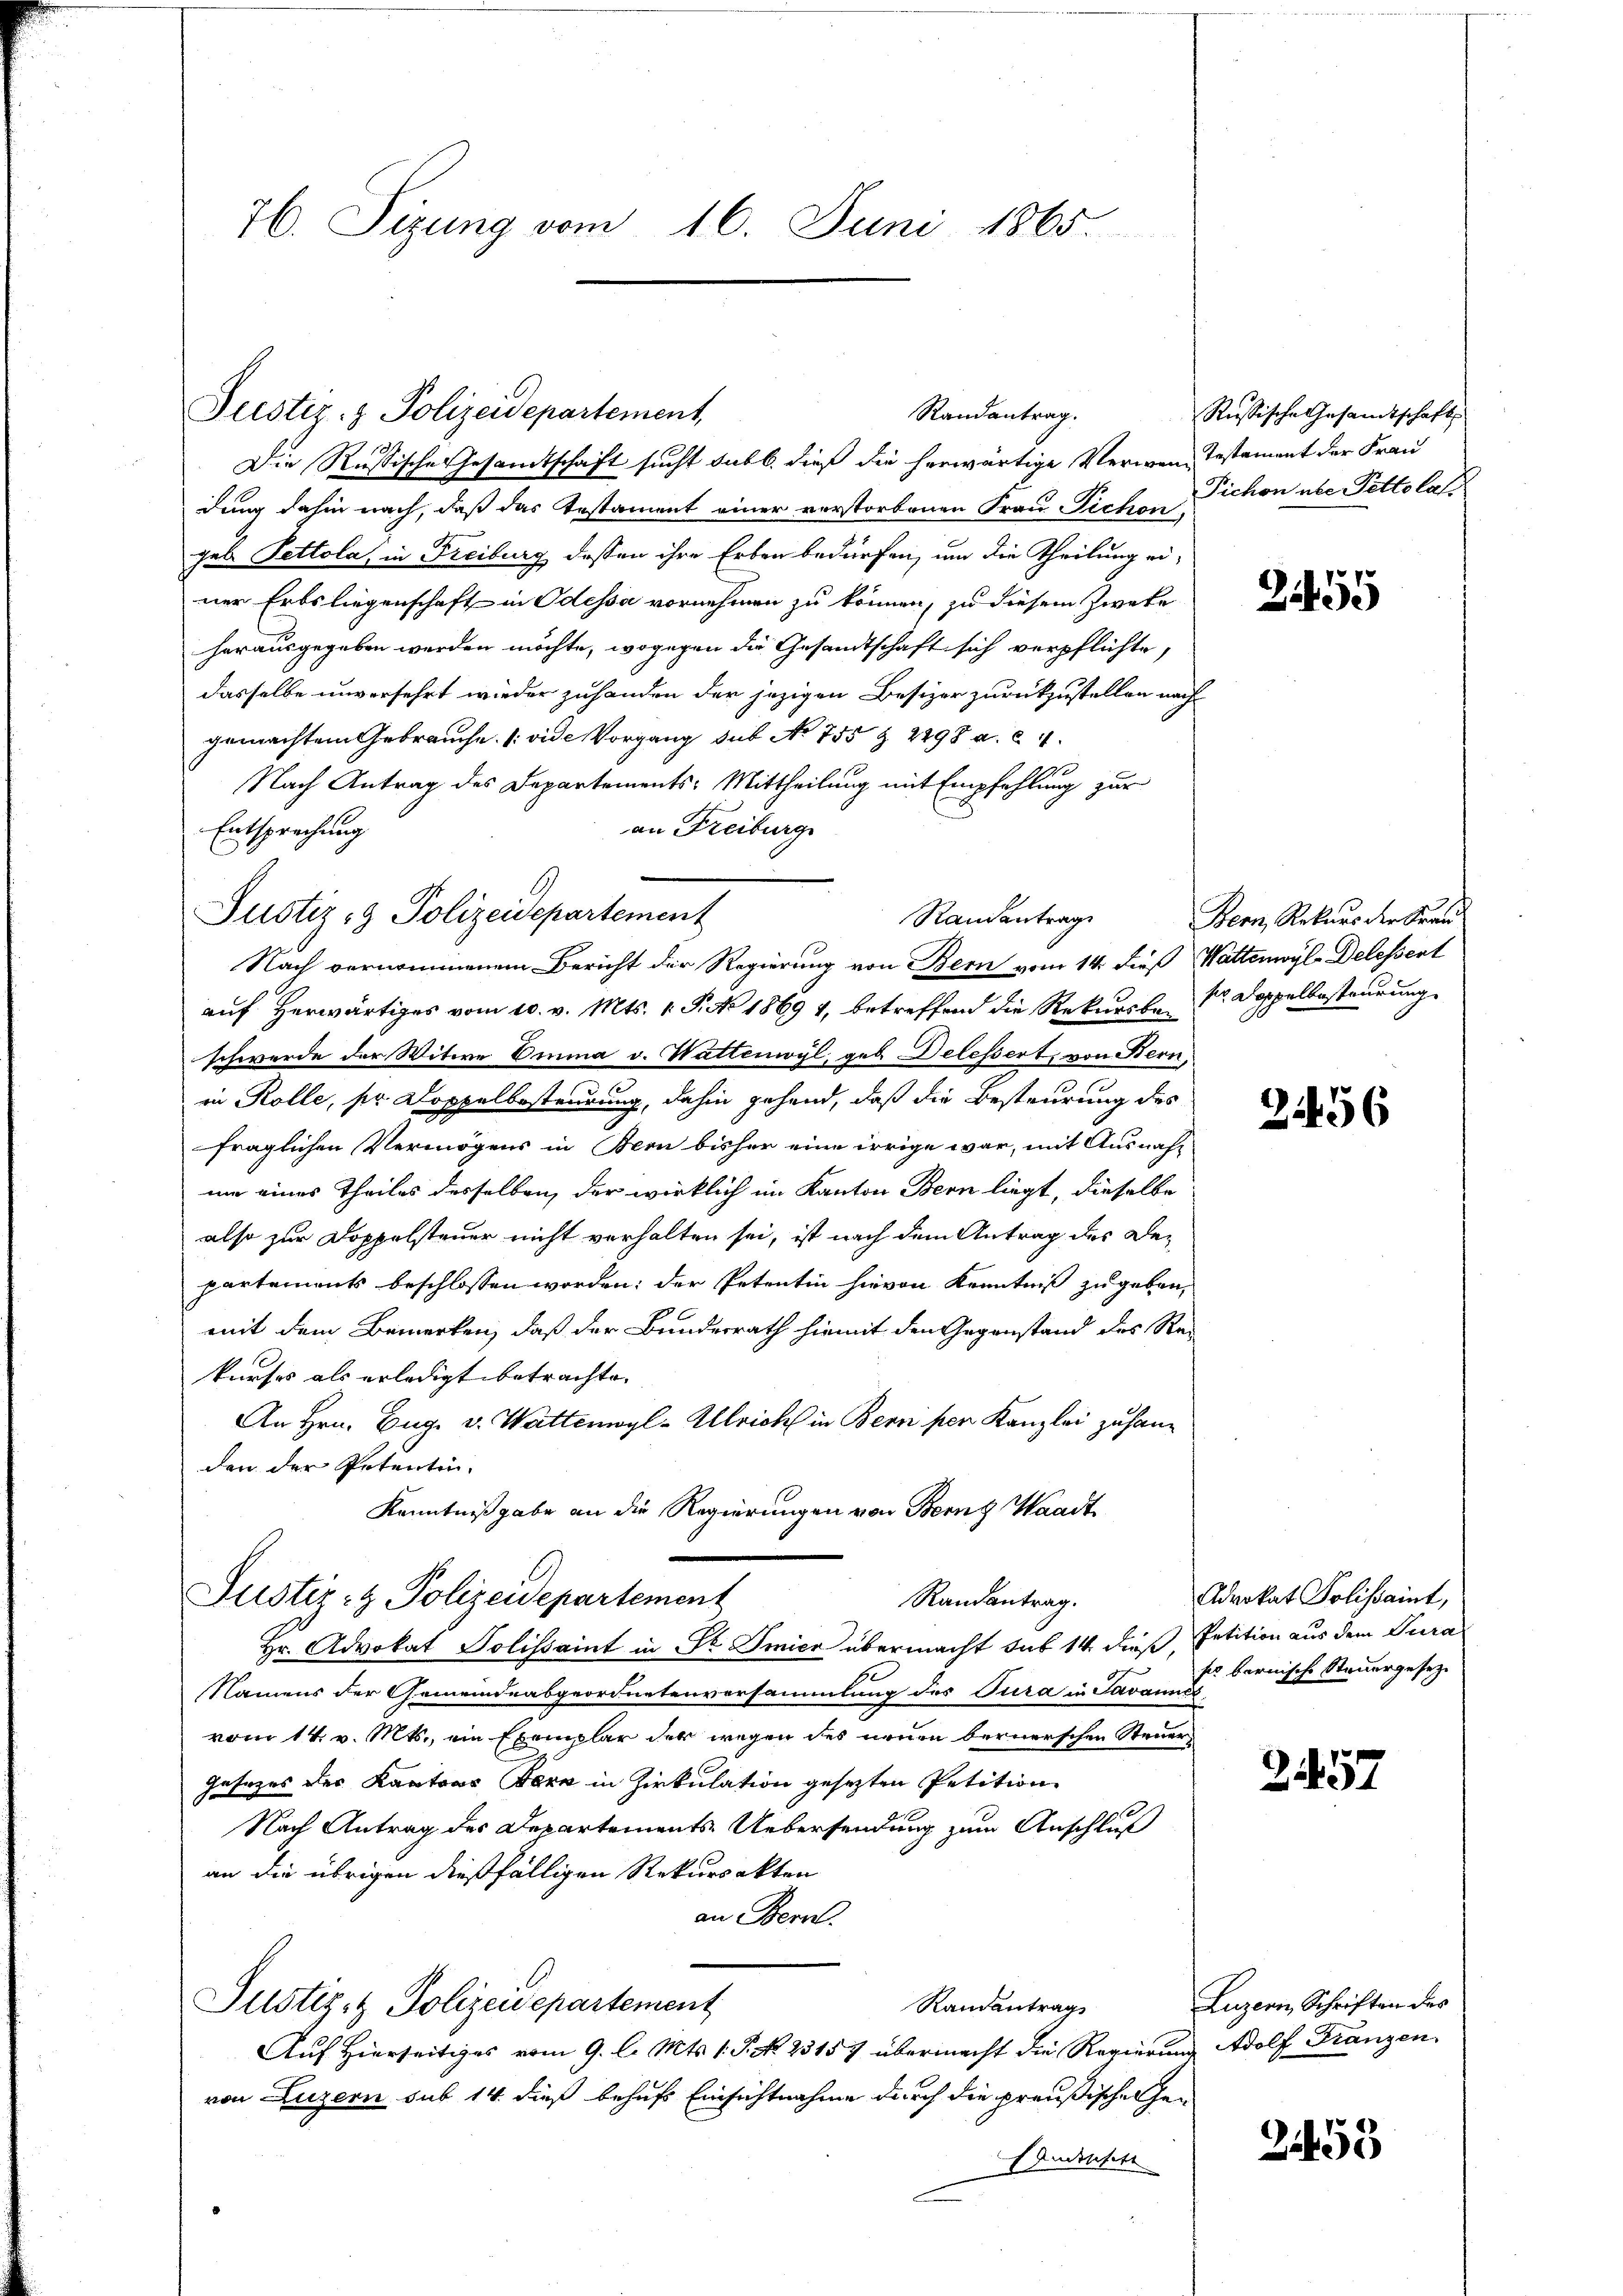
76. Sizung vom 16. Juni 1865.

Justiz- & Polizeidepartement

Randantrag.

Justiz- & Polizeidepartement,
Die Russische Gesandtschaft sucht sub b. dieß die herwärtige Verwen-Testament der Frau
dung dahin nach, daß das Testament einer verstorbenen Frau Pichen Pichon abe Pettolas
geb. Pettola, in Freiburg dessen ihre Erben bedürfen, um die Theilung einer Erbs liegenschaft in Odessa vornehmen zu können, zu diesem Zweke
herausgegeben werden möchte, wogegen die Gesandtschaft sich verpflichte,
dasselbe unversehrt wieder zuhanden der jezigen Besizer zurückzustellen nach
gemachtem Gebrauche. (vide Vorgang sub No 755 § 2498 a. 24.
Nach Antrag des Departements: Mittheilung mit Empfehlung zur
an Freiburg
Entsprechung
Nach vernommenem Bericht der Regierung von Bern vom 14. dieß (Wattenwyl, Delessent
auf herwärtiges vom 10. v. Mts. 1. P. No 18694, betreffend die Rekursber Doppelbesteurung
schwerde der Witwe Emma v. Wattenwyl, geb. Delessert, von Bern,
in Kolle, ser Doppelbesteurung, dahin gehend, daß die Besteurung des
fraglichen Vermögens in Bern bisher eine irrige war, mit Ausnahum eines Theiles desselben, der wirklich im Kanton Bern liegt, dieselbe
also zur Doppelsteuer nicht verhalten sei, ist nach dem Antrag des Departements beschlossen worden; der Petentin hievon Kenntniß zu geben,
mit dem Bemerken, daß der Bundesrath hiemit den Gegenstand des Rekurses als erledigt betrachte. |
An Hrn. Eug. v. Wattenwyl-Ulrich in Bern per Kanzlei zu handen der Petentin,
Kenntnißgabe an die Regierungen von Bern Waadt
Justiz- & Polizeidepartement
Randantrag.
Hr. Advokat Solissaint in Sr. Emier übermacht sub 14. dieß, Petition aus dem Tura
Namens der Gemeindeabgeordnetenversammlung des Tura in Daran bernische Steuergesezvom 14. v. Mts., ein Exemplar der wegen des neuen bernerschen Steuer
Gesezes der Kantons Bern in Zirkulation gesezten Petition
Nach Antrag des Departements-Uebersendung zum Anschluß
an die übrigen dießfälligen Rekursakten
an Bern.
Justiz- & Polizeidepartement
Randantrag
Auf Hierseitiges vom 9. l. Mts. 1. P. N. 23157 übermacht die Regierung Adolf Fränzen,
von Luzern sub 14 dieß behufs Einsichtnahme durch die preußischehen
Andelsitt

Randantrag

Russische Gesandtschafts

255

Bern, Rekurs der Frau

2456

Advokat Polissaint,

2457

Luzern, Schriften des

2455